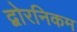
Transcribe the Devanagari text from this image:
द्वोरनिकम